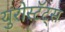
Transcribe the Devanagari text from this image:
युरोस्टॅट्स